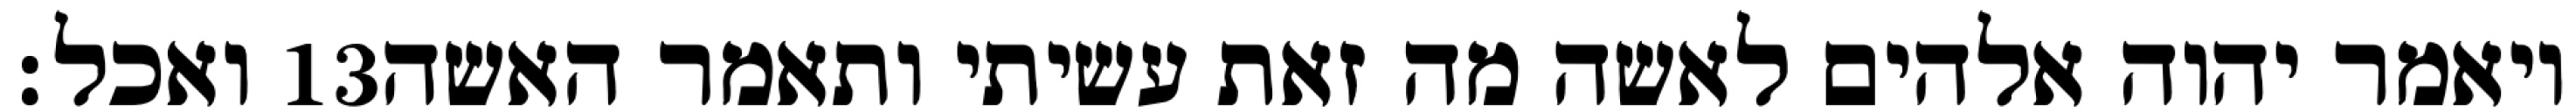
ואכל׃ ‎13‏ ויאמר יהוה אלהים לאשה מה זאת עשיתי ותאמר האשה